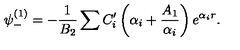
\psi _ { - } ^ { ( 1 ) } = - \frac 1 { B _ { 2 } } \sum C _ { i } ^ { \prime } \left( \alpha _ { i } + \frac { A _ { 1 } } { \alpha _ { i } } \right) e ^ { \alpha _ { i } r } .